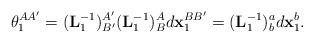
LaTeX: \begin{align*}\theta_{1}^{AA^{\prime}}=(\mathbf{L}_{1}^{-1})_{B^{\prime}}^{A^{\prime}}(\mathbf{L}_{1}^{-1})_{B}^{A}d\mathbf{x}_{1}^{BB^{\prime}}=(\mathbf{L}_{1}^{-1})_{b}^{a}d\mathbf{x}_{1}^{b}.\end{align*}